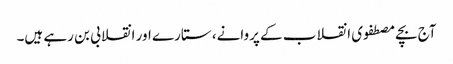
آج بچے مصطفوی انقلاب کے پروانے، ستارے اور انقلابی بن رہے ہیں۔